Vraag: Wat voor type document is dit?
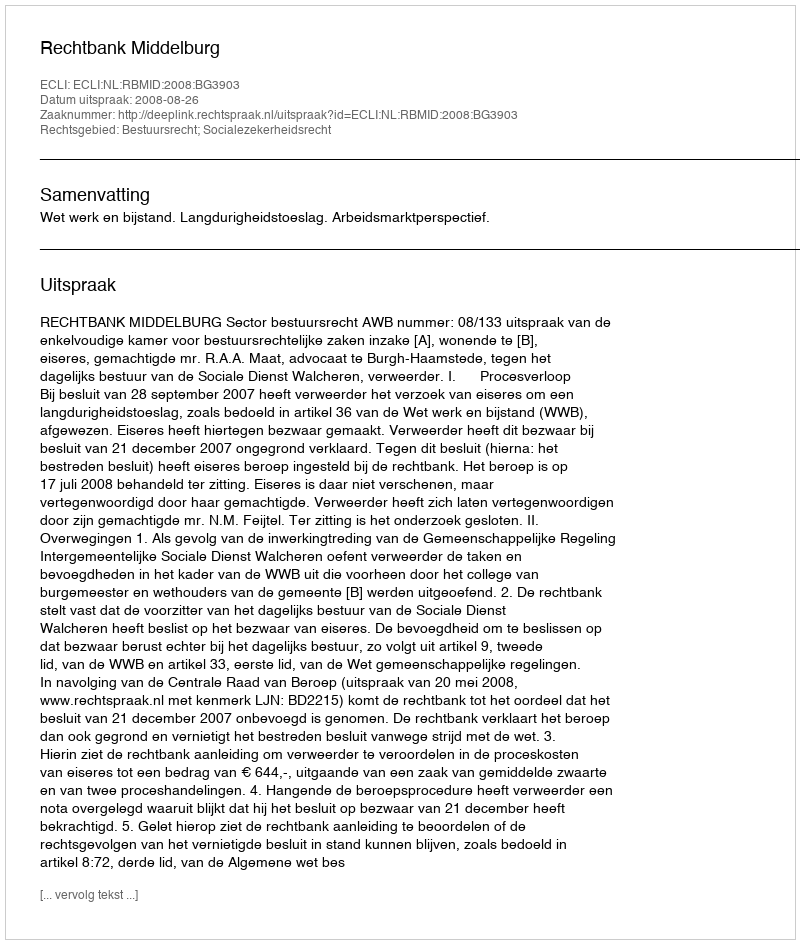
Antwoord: Uitspraak